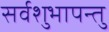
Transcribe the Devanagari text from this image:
सर्वशुभापन्तु